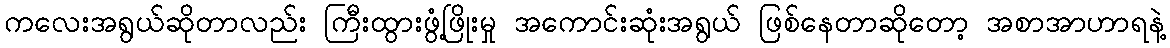
ကလေးအရွယ်ဆိုတာလည်း ကြီးထွားဖွံ့ဖြိုးမှု အကောင်းဆုံးအရွယ် ဖြစ်နေတာဆိုတော့ အစာအာဟာရနဲ့